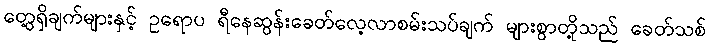
တွေ့ရှိချက်များနှင့် ဥရောပ ရီနေဆွန်းခေတ်လေ့လာစမ်းသပ်ချက် များစွာတို့သည် ခေတ်သစ်